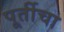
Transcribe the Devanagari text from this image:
पूर्तीचा